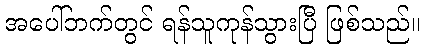
အပေါ်ဘက်တွင် ရန်သူကုန်သွားပြီ ဖြစ်သည်။